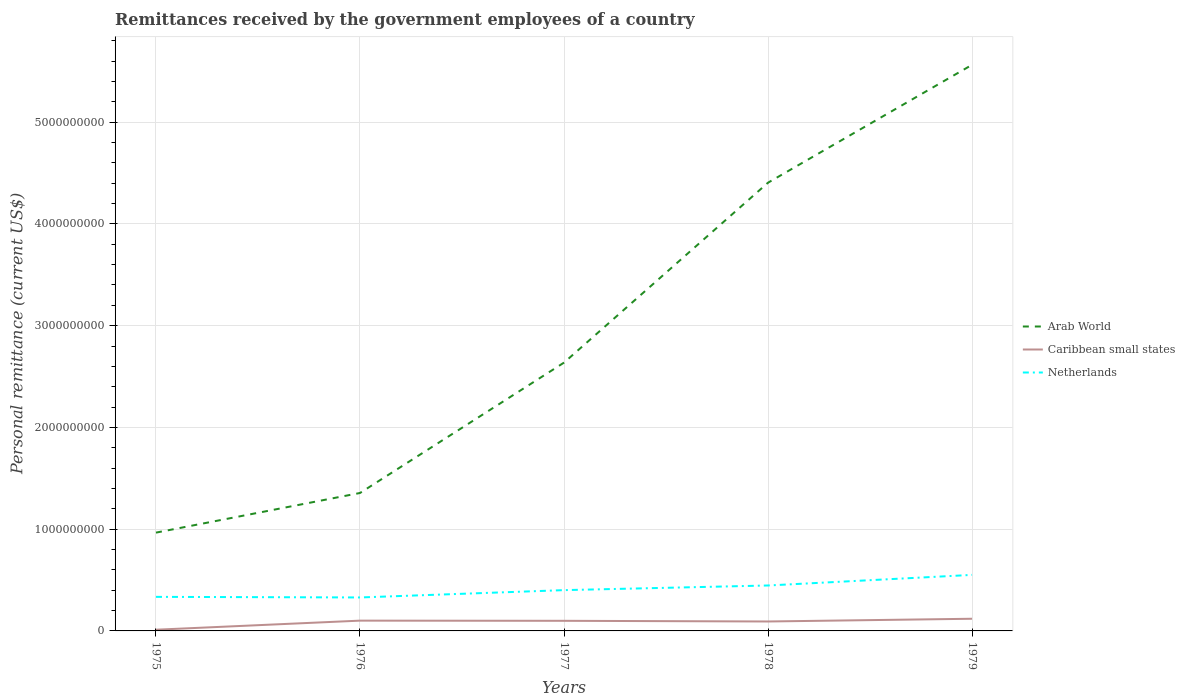
| Years | Arab World | Caribbean small states | Netherlands |
 | --- | --- | --- | --- |
 | 1975 | 9.66e+08 | 1.18e+07 | 3.35e+08 |
 | 1976 | 1.36e+09 | 1.01e+08 | 3.29e+08 |
 | 1977 | 2.64e+09 | 9.94e+07 | 4.01e+08 |
 | 1978 | 4.41e+09 | 9.27e+07 | 4.47e+08 |
 | 1979 | 5.56e+09 | 1.2e+08 | 5.51e+08 |